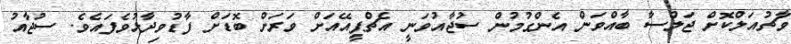
ވާޗުއަލްކޮށް ޖަލްސާ ބާއްވަން އެންގުމުން ސުޖާއުވަނީ އެޗްޕީއޭއަށް ވަރަށް ބޮޑަށް ފާޑުވިދާޅުވެފައެވެ. ސުޖާއު